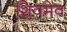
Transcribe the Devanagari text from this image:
शिवमेव